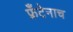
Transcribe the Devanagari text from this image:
फ्रँटेनाच